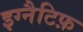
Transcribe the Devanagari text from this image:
इग्नैटिफ़